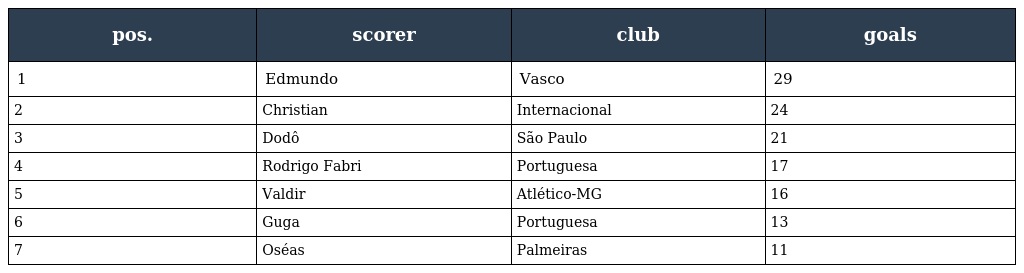
| pos. | scorer | club | goals |
 | --- | --- | --- | --- |
 | 1 | Edmundo | Vasco | 29 |
 | 2 | Christian | Internacional | 24 |
 | 3 | Dodô | São Paulo | 21 |
 | 4 | Rodrigo Fabri | Portuguesa | 17 |
 | 5 | Valdir | Atlético-MG | 16 |
 | 6 | Guga | Portuguesa | 13 |
 | 7 | Oséas | Palmeiras | 11 |